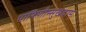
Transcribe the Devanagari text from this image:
भाषिणीम्सुखदाम्